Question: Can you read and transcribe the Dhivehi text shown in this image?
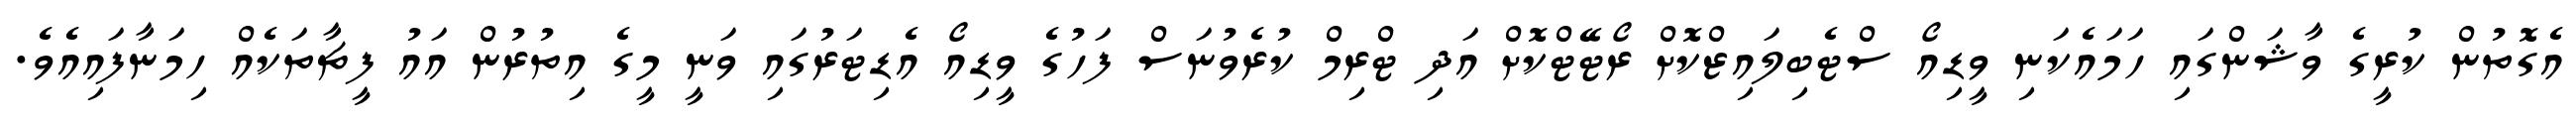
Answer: އެގޮތުން ކުރީގެ ވާޝަންގައި ހަމައެކަނި ވީޑިއޯ ސްޓެބިލައިޒްކޮށް ރޯޓޭޓްކޮށް އަދި ޓްރިމް ކުރެވުނަސް ފަހުގެ ވީޑިއޯ އެޑިޓަރުގައި ވަނީ މީގެ އިތުރުން އައު ފީޗާތަކެއް ހިމަނާފައިއެވެ.